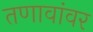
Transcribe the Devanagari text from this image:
तणावांवर